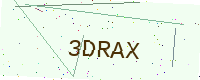
Text: 3DRAX